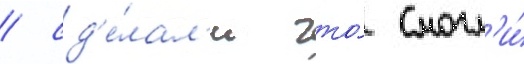
/ сд'е́лал'и что́ смогл'и́